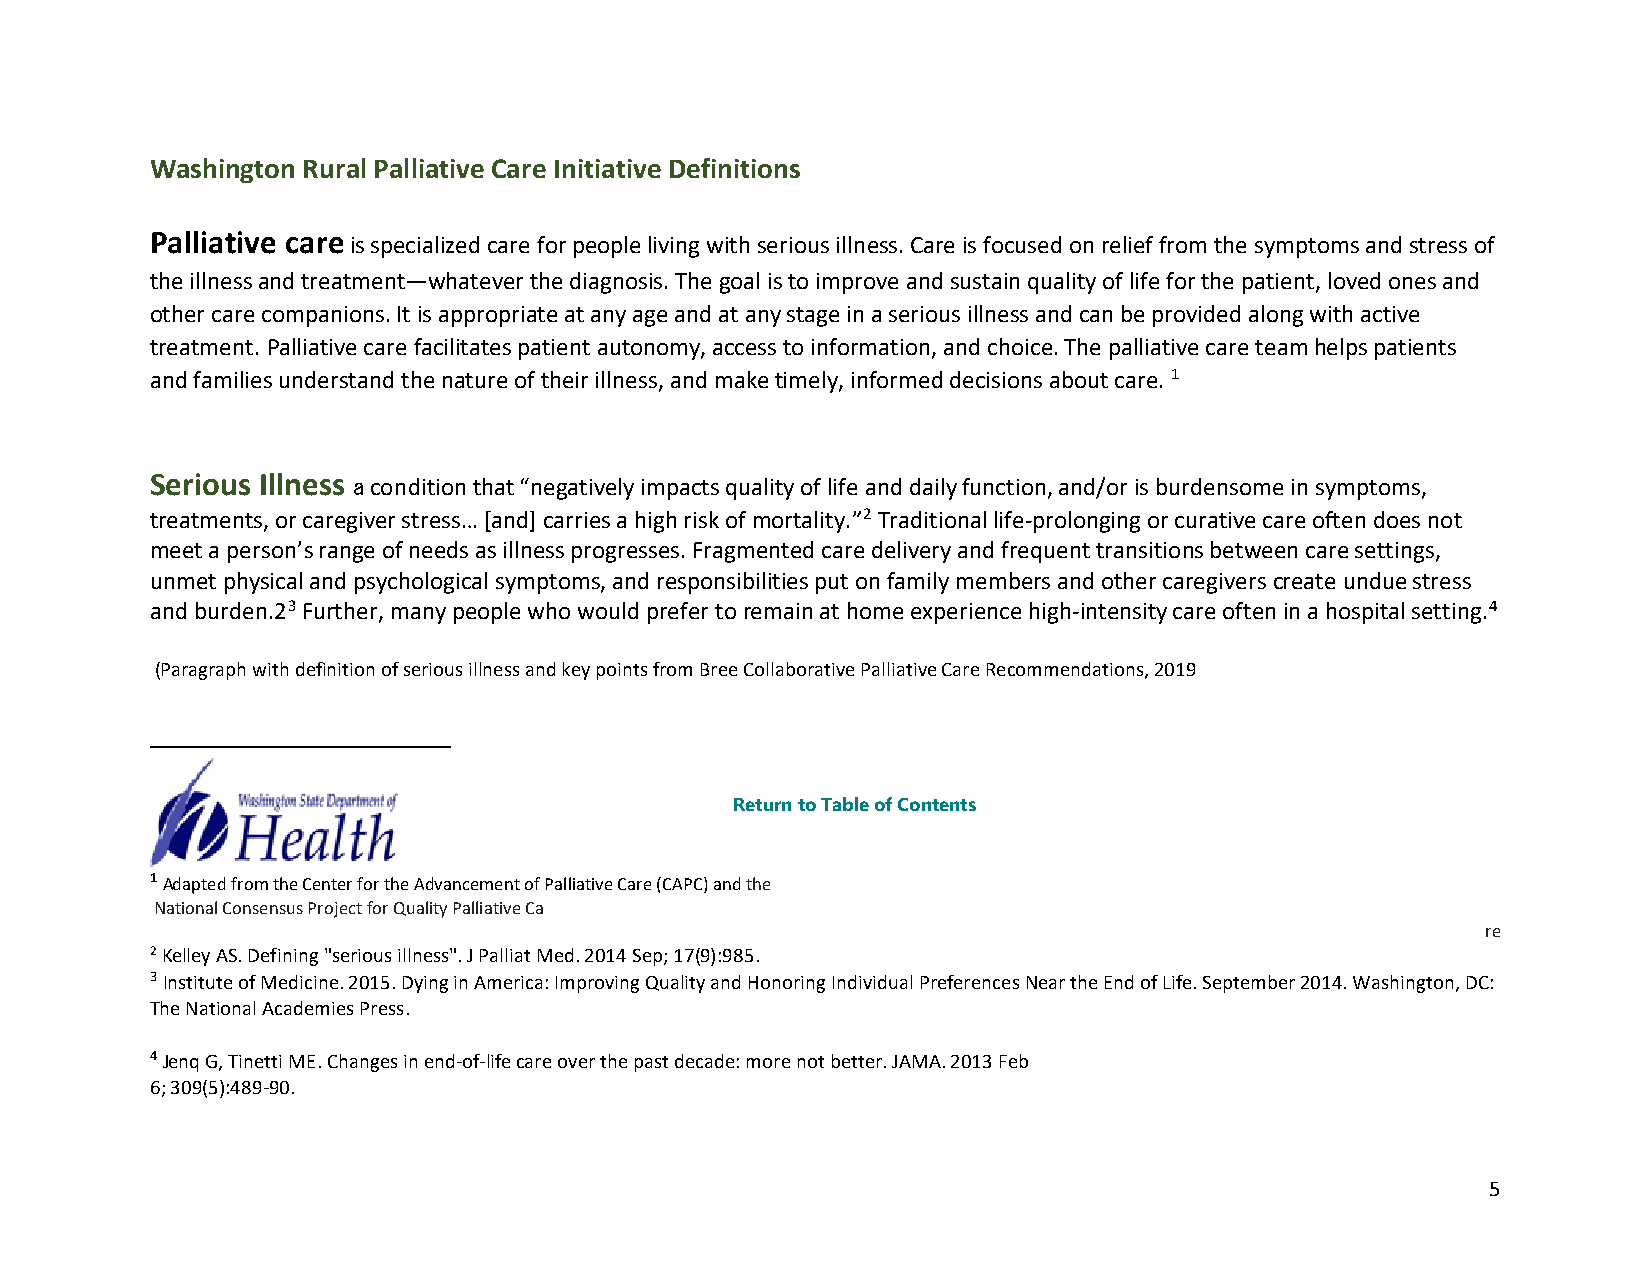
Washington Rural Palliative Care Initiative Definitions
 Palliative care is specialized care for people living with serious illness. Care is focused on relief from the symptoms and stress of
 the illness and treatment—whatever the diagnosis. The goal is to improve and sustain quality of life for the patient, loved ones and
 other care companions. It is appropriate at any age and at any stage in a serious illness and can be provided along with active
 treatment. Palliative care facilitates patient autonomy, access to information, and choice. The palliative care team helps patients
 and families understand the nature of their illness, and make timely, informed decisions about care. 1
 Serious Illness a condition that “negatively impacts quality of life and daily function, and/or is burdensome in symptoms,
 treatments, or caregiver stress… [and] carries a high risk of mortality.”2 Traditional life-prolonging or curative care often does not
 meet a person’s range of needs as illness progresses. Fragmented care delivery and frequent transitions between care settings,
 unmet physical and psychological symptoms, and responsibilities put on family members and other caregivers create undue stress
 and burden.23 Further, many people who would prefer to remain at home experience high-intensity care often in a hospital setting.4
 (Paragraph with definition of serious illness and key points from Bree Collaborative Palliative Care Recommendations, 2019
 Return to Table of Contents
 1 Adapted from the Center for the Advancement of Palliative Care (CAPC) and the
 National Consensus Project for Quality Palliative Ca
 re
 2 Kelley AS. Defining "serious illness". J Palliat Med. 2014 Sep; 17(9):985.
 3 Institute of Medicine. 2015. Dying in America: Improving Quality and Honoring Individual Preferences Near the End of Life. September 2014. Washington, DC:
 The National Academies Press.
 4 Jenq G, Tinetti ME. Changes in end-of-life care over the past decade: more not better. JAMA. 2013 Feb
 6; 309(5):489-90.
 5